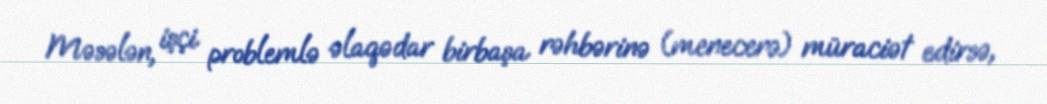
Məsələn, işçi problemlə əlaqədar birbaşa rəhbərinə (menecerə) müraciət edirsə,